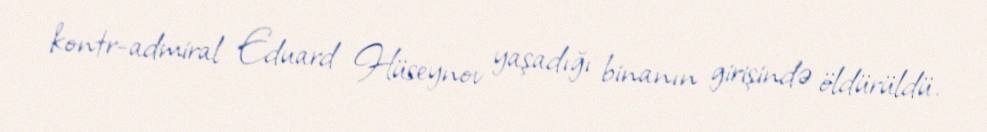
kontr-admiral Eduard Hüseynov yaşadığı binanın girişində öldürüldü.